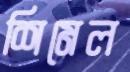
শিমেল